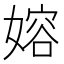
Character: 嫆